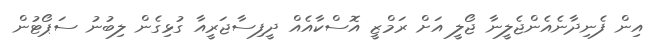
އިން ފެނިދާނެއެންޖެލީނާ ޖޯލީ އަށް ރަމްޒީ އޮސްކާއެއް ދީފިސާޖަރީއާ ގުޅިގެން ލިބުނު ސަޕޯޓުން